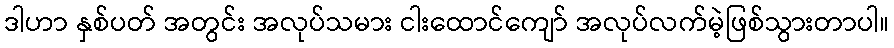
ဒါဟာ နှစ်ပတ် အတွင်း အလုပ်သမား ငါးထောင်ကျော် အလုပ်လက်မဲ့ဖြစ်သွားတာပါ။